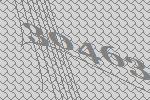
30463